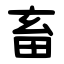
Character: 畜